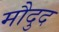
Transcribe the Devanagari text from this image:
मौदुद